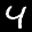
Label: 4